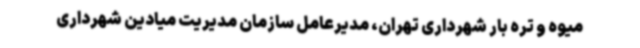
میوه و تره بار شهرداری تهران، مدیرعامل سازمان مدیریت میادین شهرداری